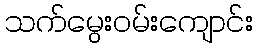
သက်မွေးဝမ်းကျောင်း